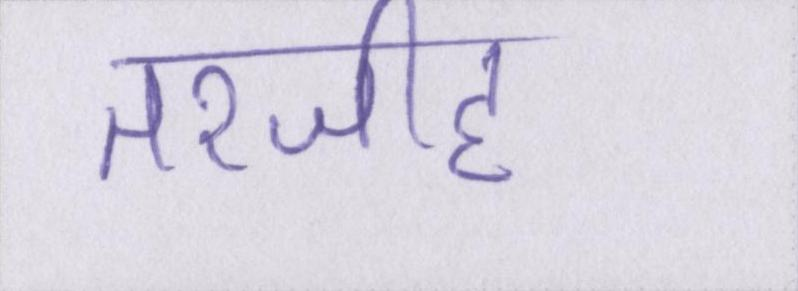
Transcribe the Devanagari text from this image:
तरजीह